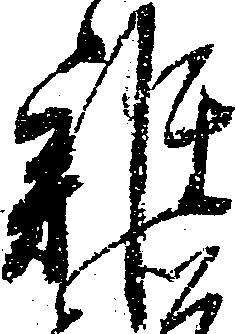
雑